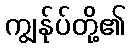
ကျွန်ုပ်တို့၏